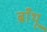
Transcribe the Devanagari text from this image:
ब्राँथू